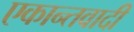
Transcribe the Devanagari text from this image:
एकान्तवादी